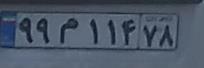
۹۹م۱۱۴۷۸